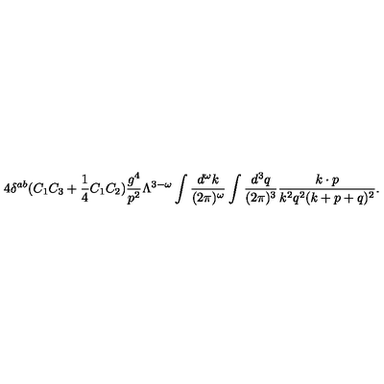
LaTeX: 4 \delta ^ { a b } ( C _ { 1 } C _ { 3 } + { \frac { 1 } { 4 } } C _ { 1 } C _ { 2 } ) { \frac { g ^ { 4 } } { p ^ { 2 } } } \Lambda ^ { 3 - \omega } \int { \frac { d ^ { \omega } k } { ( 2 \pi ) ^ { \omega } } } \int { \frac { d ^ { 3 } q } { ( 2 \pi ) ^ { 3 } } } { \frac { k \cdot p } { k ^ { 2 } q ^ { 2 } ( k + p + q ) ^ { 2 } } } .